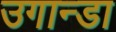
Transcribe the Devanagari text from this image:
उगान्डा